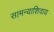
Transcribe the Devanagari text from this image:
सामन्याशिवाय